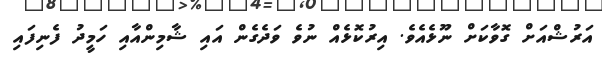
އަރުޝްއަށް ގޮވާކަށް ނޫޅެއެވެ. އިރުކޮޅެއް ނުވެ ވަދެގެން އައި ޝާމިންއާއި ހަމީދު ފެނިފައި